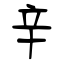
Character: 辛